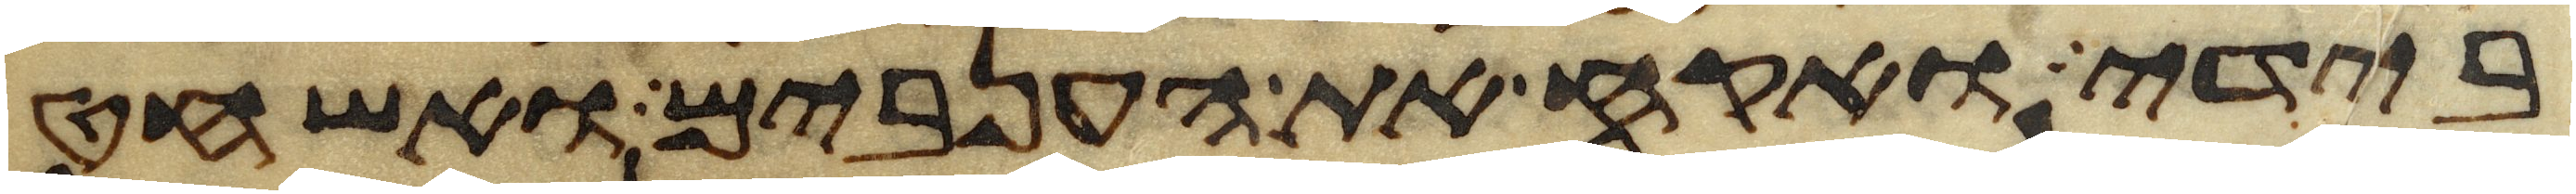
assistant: בידי ואקח את הענבים ואשחט